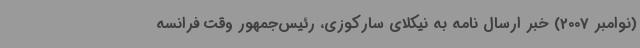
(نوامبر 2007) خبر ارسال نامه به نیکلای سارکوزی، رئیس‌جمهور وقت فرانسه